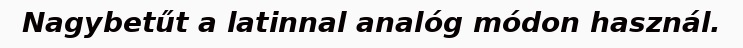
Nagybetűt a latinnal analóg módon használ.